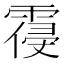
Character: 𲊃